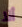
ألا